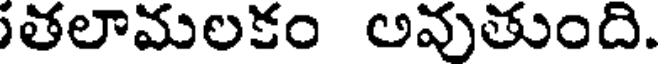
తలామలకం అవుతుంది.